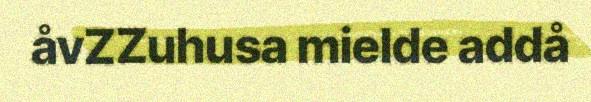
åvZZuhusa mielde addå